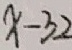
x - 3 2